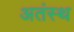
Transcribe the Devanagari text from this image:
अतंस्थ